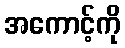
အကောင့်ကို